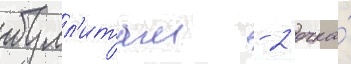
булл'итам - 2 очка́